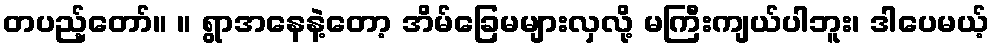
တပည့်တော်။ ။ ရွာအနေနဲ့တော့ အိမ်ခြေမများလှလို့ မကြီးကျယ်ပါဘူး၊ ဒါပေမယ့်